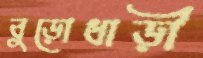
বুড়োধাড়ী